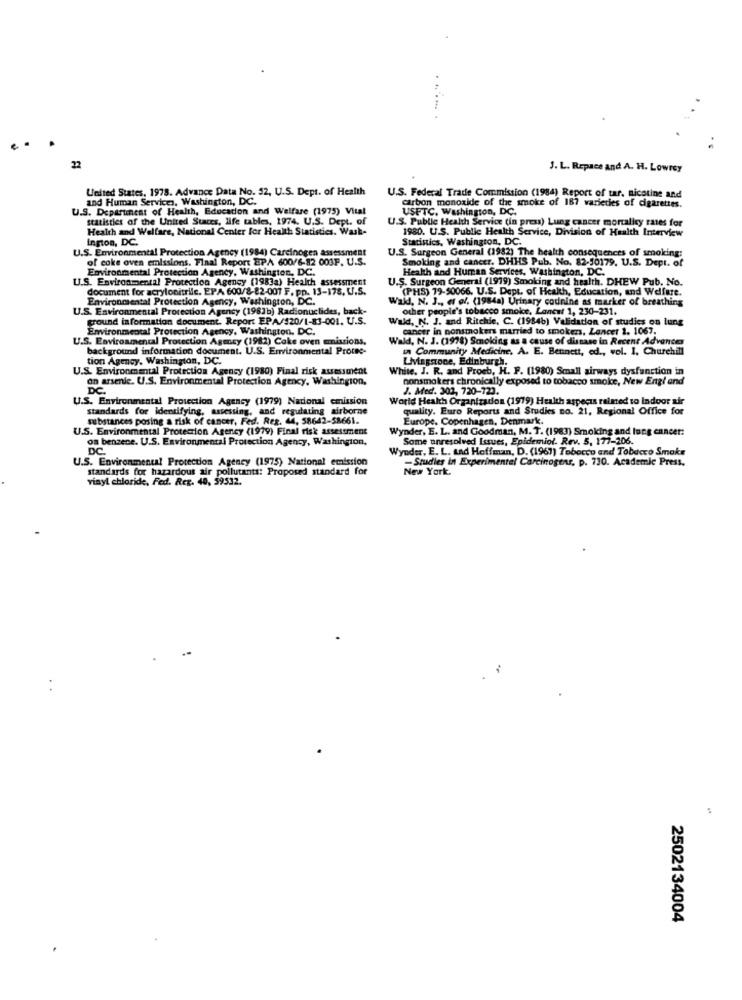
22
J. L. Repace and A. H. Lowrey
United States, 1978. Advance Data No. 52, U.S. Dept. of Health
and Human Services, Washington, DC.
U.S. Federal Trade Commission (1984) Report of tar. nicotine and
Carbon monoxide of the smoke of 187 varieties of cigarettes.
U.S. Department of Health, Education and Welfare (1975) Vital
USFTC, Washington, DC.
statistics of the United States, life tables, 1974. U.S. Dept. of
U.S. Public Health Service (in press) Lung cancer mortality rates for
Health and Welfare, National Center for Health Statistics. Wash-
ington, DC.
1980. U.S. Public Health Service, Division of Health Interview
Staristics, Washington, DC.
U.S. Environmental Protection Agency (1984) Carcinogen assessment
U.S. Surgeon General (1982) The health consequences of smoking:
of coke oven emissions. Final Report EPA 600/6-82 003F. U.S.
Smoking and cancer. DHHS Pub. No. 82-30179. U.S. Dept. of
Environmental Protection Agency, Washington, DC.
Health and Human Services, Washington, DC.
U.S. Environmental Protection Agency (1983a) Health assessment
U.S. Surgeon General (1919) Smoking and health. DHEW Pub. No.
document for acrylonitrile. EPA 600/8-82-007 F. Pp. 13-178. U.S.
(PHS) 19-50066. U.S. Dept. of Health, Education, and Welfare.
Environmental Protection Agen
. Washington, DC.
Wald, N. J ., et al. (1984a) Urinary codnine as marker of breathing
U.S. Environmental Protection Agency (1981b) Radionuclides, back-
other people's tobacco smoke. Lancet 1, 230-231.
ground information document. Report EPA/$20/1-83-001. U.S.
d, N. J. and Ritchie. C. (1984b) Validation of studies on lung
Environmental Protection Agency, Washington, DC.
cancer in nonsmokers married to smokers, Lancet 1. 1067.
U.S. Environmental Protection Agency (1982) Coke oven emissions.
Wald, N. J. (1978) Smoking as a cause of dissase in Recent Advances
background information document. U.S. Environmental Protee-
in Community Medicine. A. E. Bennett, ed ., vol. I. Churchill
tion Agency. Washington, DC.
Livingroce, Edinburgh.
U.S. Environmental Protection Agency (1980) Final risk assessment
White, J. R. and Proeb, H. F. (1980) Small airways dysfunction in
on arsenic. U.S. Environmental Protection Agency, Washington.
nonsmokers chronically exposed to tobacco smoke, New England
DC.
2. Med. 302, 720-723.
U.S. Environmental Protection Agency (1979) National emission
World Health Organization (1979) Health aspeças raimed to Indoor air
standards for identifying, assessing, and regulating airborne
quality. Euro Reports and Studies no. 21, Regional Office for
substances posing a risk of cancer, Fed. Reg. 44, 58642-58661.
Europe, Copenhagen, Denmark.
U.S. Environmental Protection Agency (1979) Final risk assessment
Wynder, E. L. and Goodman, M. T. (1983) Smoking and lung cancer:
os benzece. U.S. Environmental Protection Agency, Washington,
Some unresolved Issues, Epidemiol. Rev. 5, 177-206.
DC
Wynder, E. L. Lad Hoffman, D. (1961) Tobacco and Tobacco Smaks
U.S. Environmental Protection Agency (1975) National emission
- Studies in Experimental Carcinogens, p. 730. Academic Press.
standards for hazardous air pollutants! Proposed standard for
New York.
vinyl chloride, Fed. Reg. 40, 59532.
2502134004